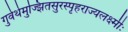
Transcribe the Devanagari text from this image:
गुर्वर्थमुज्झितसुरस्पृहराज्यलक्ष्मीः